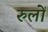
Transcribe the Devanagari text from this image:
रुलों